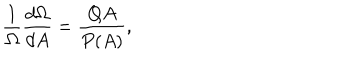
\frac { 1 } { \Omega } \frac { d \Omega } { d A } = \frac { Q A } { P ( A ) } ,